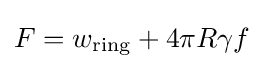
F=w_{\text{ring}}+4\pi R\gamma f